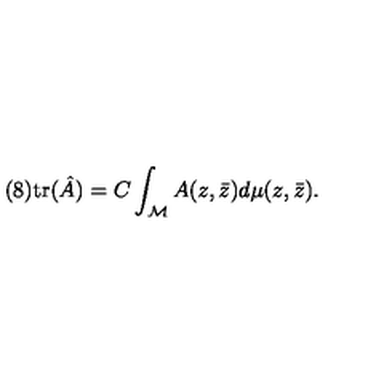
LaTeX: ( 8 ) \mathrm { t r } ( \hat { A } ) = C \int _ { \cal M } A ( z , \bar { z } ) d \mu ( z , \bar { z } ) .